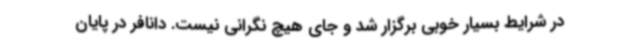
در شرایط بسیار خوبی برگزار شد و جای هیچ نگرانی نیست. دانافر در پایان